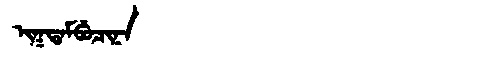
Manchu: ᡳᡴᡨᠠᠮᠪᡠᠴᡳᠨᠠ
Romanization: IKTAMBUCINA